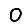
Digit: 0